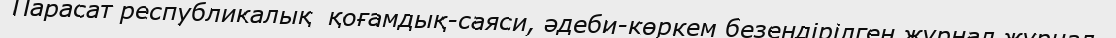
Парасат республикалық  қоғамдық-саяси, әдеби-көркем безендірілген журнал журнал.